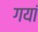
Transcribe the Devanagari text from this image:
गयां